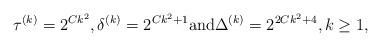
LaTeX: \begin{align*}\tau ^{(k)}=2^{Ck^2},\delta ^{(k)}=2^{Ck^2+1}{\rm and}\Delta ^{(k)}=2^{2Ck^2+4}, k\ge 1,\end{align*}